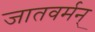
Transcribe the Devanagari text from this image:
जातवर्मन्‌